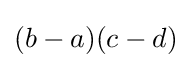
{\textstyle (b-a)(c-d)}